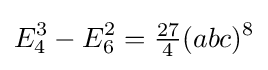
E_{4}^{3}-E_{6}^{2}={\tfrac {27}{4}}(abc)^{8}